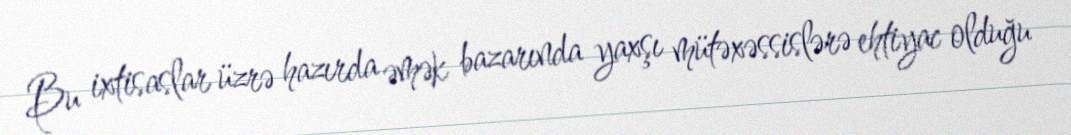
Bu ixtisaslar üzrə hazırda əmək bazarında yaxşı mütəxəssislərə ehtiyac olduğu